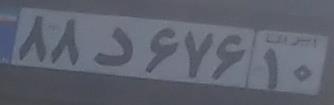
۸۸د۶۷۶۱۰